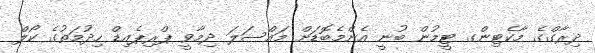
ދިރާގްގެ މާކެޓިންގ ޓީމުން ބުނީ އެންމެބޮޑަށް މައްސަލަ ދިމާވީ ޕްރިޕެއިޑް ހިދުމަތުގެ ކޯލް